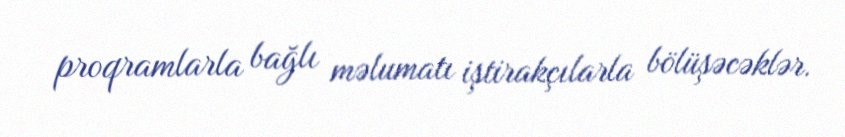
proqramlarla bağlı məlumatı iştirakçılarla bölüşəcəklər.